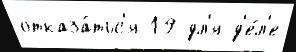
отказа́тьс'я 19 дл'я д'е́л'е